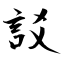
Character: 訤